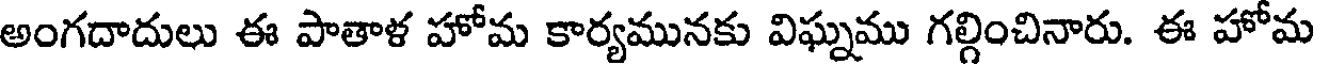
అంగదాదులు ఈ పాతాళ హోమ కార్యమునకు విఘ్నము గల్గించినారు. ఈ హోమ